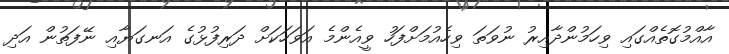
އާއްމުގޮތެއްގައި ވިހަމުންދާއިރު ނުވަތަ ވިހެއުމަށްފަހު ވީއެންމެ އަވަހަކަށް ދަރިފުޅުގެ އަނގަޔާއި ނޭފަތުން އަދި